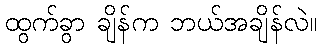
ထွက်ခွာ ချိန်က ဘယ်အချိန်လဲ။